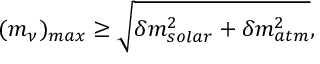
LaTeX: ( m _ { \nu } ) _ { m a x } \geq \sqrt { \delta m _ { s o l a r } ^ { 2 } + \delta m _ { a t m } ^ { 2 } } ,